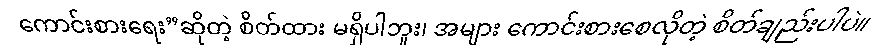
ကောင်းစားရေး”ဆိုတဲ့ စိတ်ထား မရှိပါဘူး၊ အများ ကောင်းစားစေလိုတဲ့ စိတ်ချည်းပါပဲ။